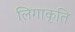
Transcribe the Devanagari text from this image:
लिंगाकृति